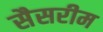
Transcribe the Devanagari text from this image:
सैसरीम